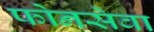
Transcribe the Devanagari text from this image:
फोनसेवा